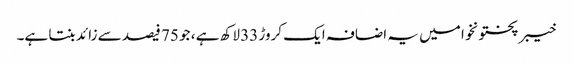
خیبر پختونخوا میں یہ اضافہ ایک کروڑ 33 لاکھ ہے ، جو 75 فیصد سے زائد بنتا ہے۔